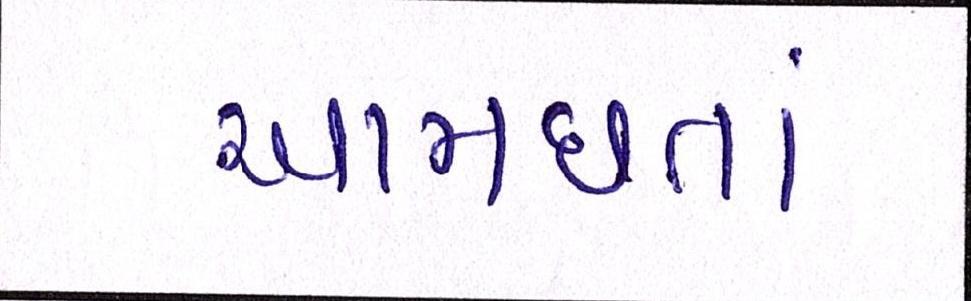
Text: આમછતાં